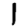
Digit: 1